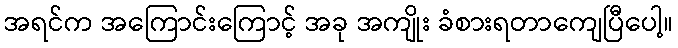
အရင်က အကြောင်းကြောင့် အခု အကျိုး ခံစားရတာကျေပြီပေါ့။